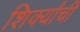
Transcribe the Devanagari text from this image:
शिर्क्यांची